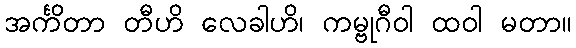
အင်္ကိတာ တီဟိ လေခါဟိ၊ ကမ္ဗုဂီဝါ ထဝါ မတာ။